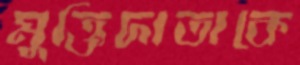
মুক্তিদাতাকে